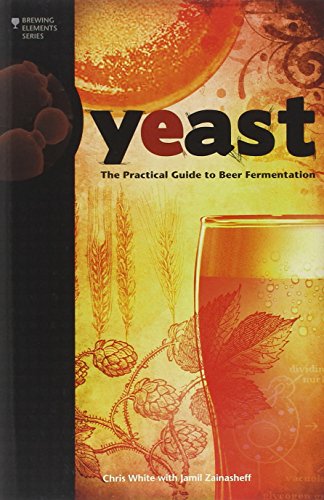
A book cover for Yeast: The Practical Guide to Beer Fermentation (Brewing Elements); Chris White; Cookbooks, Food & Wine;